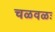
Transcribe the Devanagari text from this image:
चळवळः